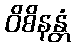
ဝိစိနန္တံ